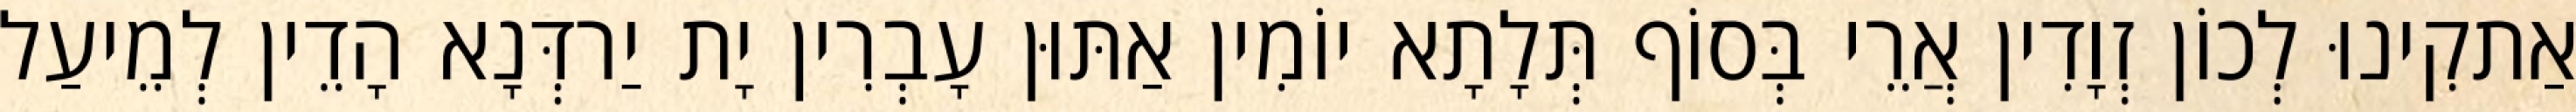
אַתקִינוּ לְכוֹן זְוָדִין אֲרֵי בְּסוֹף תְּלָתָא יוֹמִין אַתּוּן עָבְרִין יָת יַרדְּנָא הָדֵין לְמֵיעַל